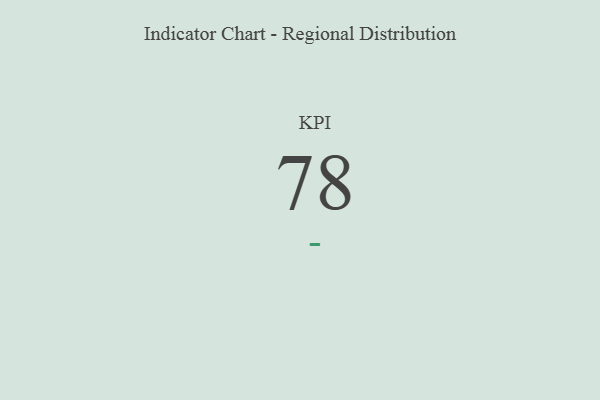
{"axis": {"x": "KPI", "y": "Value"}, "legend": [""], "data": [{"x": "KPI", "y": 78, "type": ""}]}